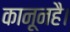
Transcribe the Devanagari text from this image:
कानूनहै।